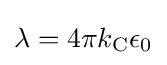
\lambda =4\pi k_{\rm {C}}\epsilon _{0}